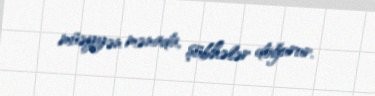
müəyyən mənada, şübhələr doğurur.